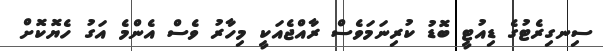
ސިނގިރެޓުގެ ޑިއުޓީ ބޮޑު ކުރިނަމަވެސް ރާއްޖެއަކީ މިހާރު ވެސް އެންމެ އަގު ހެޔޮކޮށް